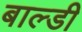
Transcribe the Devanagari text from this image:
बाल्डी